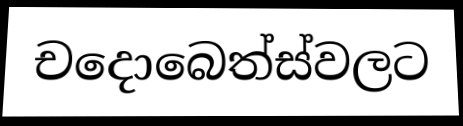
චදොබෙත්ස්වලට